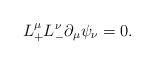
LaTeX: \begin{align*} L_+^\mu L_-^\nu\partial_\mu\psi_\nu=0.\end{align*}